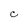
Character: C